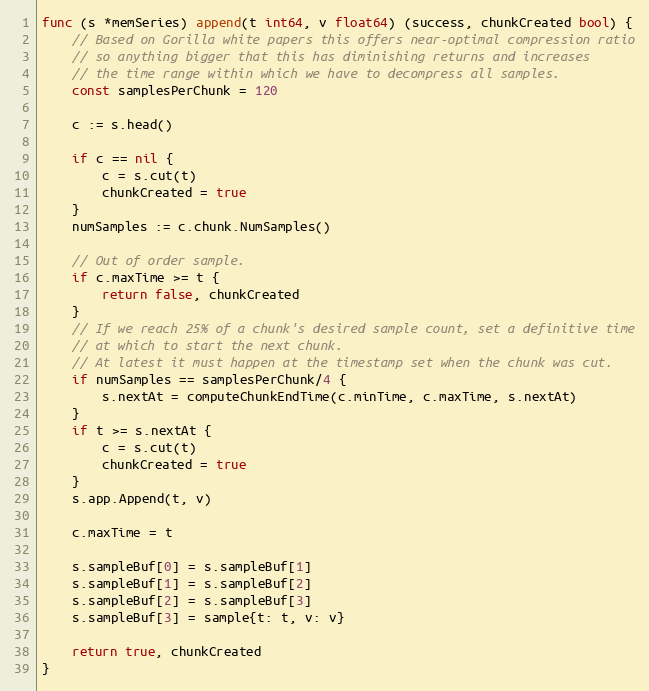
Language: Go
func (s *memSeries) append(t int64, v float64) (success, chunkCreated bool) {
	// Based on Gorilla white papers this offers near-optimal compression ratio
	// so anything bigger that this has diminishing returns and increases
	// the time range within which we have to decompress all samples.
	const samplesPerChunk = 120

	c := s.head()

	if c == nil {
		c = s.cut(t)
		chunkCreated = true
	}
	numSamples := c.chunk.NumSamples()

	// Out of order sample.
	if c.maxTime >= t {
		return false, chunkCreated
	}
	// If we reach 25% of a chunk's desired sample count, set a definitive time
	// at which to start the next chunk.
	// At latest it must happen at the timestamp set when the chunk was cut.
	if numSamples == samplesPerChunk/4 {
		s.nextAt = computeChunkEndTime(c.minTime, c.maxTime, s.nextAt)
	}
	if t >= s.nextAt {
		c = s.cut(t)
		chunkCreated = true
	}
	s.app.Append(t, v)

	c.maxTime = t

	s.sampleBuf[0] = s.sampleBuf[1]
	s.sampleBuf[1] = s.sampleBuf[2]
	s.sampleBuf[2] = s.sampleBuf[3]
	s.sampleBuf[3] = sample{t: t, v: v}

	return true, chunkCreated
}